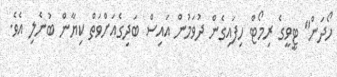
ހޯދަން" ޓީވީގެ ރިމޯޓް ހިފައިގެން ދުވަމުން އައިސް ބަދިގެއަށްވަތް ކިޔާން ބުނެލި އެވެ.